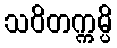
သဝိတက္ကမ္ပိ